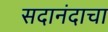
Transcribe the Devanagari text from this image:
सदानंदाचा